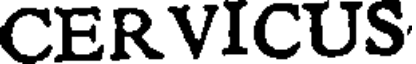
CERVICUS